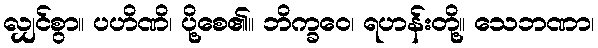
လျှင်စွာ။ ပဟိဏိ၊ ပို့စေ၏။ ဘိက္ခဝေ၊ ရဟန်းတို့။ သေဘဏာ၊